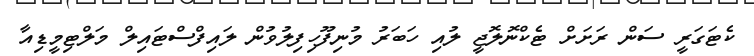
ކެޓަގަރީ ސަން ރަށަށް ޓެކްނޮލޮޖީ ލުއި ހަބަރު މުނިފޫހިފިލުވުން ލައިފްސްޓައިލް މަލްޓިމީޑިއާ